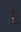
ફૂ